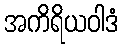
အကိရိယဝါဒံ